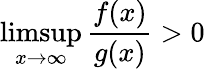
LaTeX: \operatorname*{limsup}_{x\to\infty}{\frac{f(x)}{g(x)}}>0